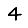
Digit: 4